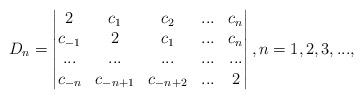
LaTeX: \begin{align*}D_n =\begin{vmatrix}2 & c_1 & c_2 & . . . & c_n \\c_{-1} & 2 & c_1 &. . . & c_n \\. . . & . . . & . . . & . . . & . . . \\c_{-n} & c_{-n+1} & c_{-n+2} &. . . & 2\end{vmatrix}, n=1,2,3,...,\end{align*}